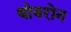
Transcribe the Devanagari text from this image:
थोबरोन